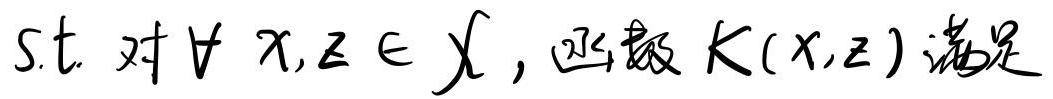
s.t. 对 $\forall x,z \in \mathcal{X}$, 函数 $K(x,z)$ 满足